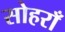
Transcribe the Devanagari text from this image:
सोहराँ